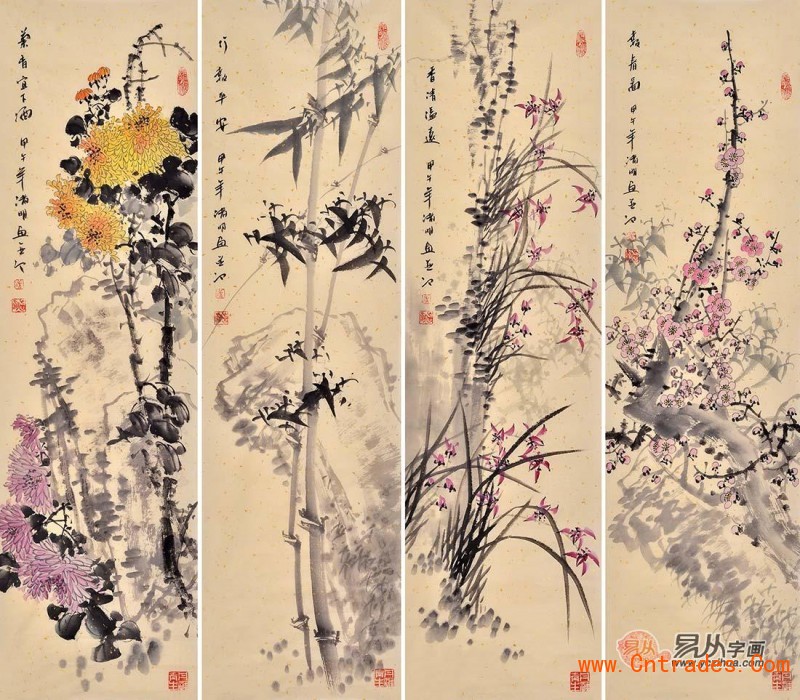
北斗酌美酒，劝龙各一觞。